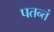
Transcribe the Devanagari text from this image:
पतन्तं